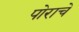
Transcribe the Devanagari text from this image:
पोराचे